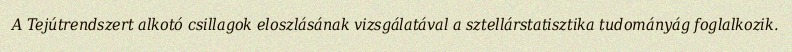
A Tejútrendszert alkotó csillagok eloszlásának vizsgálatával a sztellárstatisztika tudományág foglalkozik.